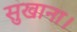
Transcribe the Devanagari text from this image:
सुखाना।